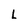
Character: L